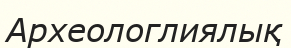
Археологлиялық